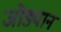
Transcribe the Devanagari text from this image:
जोड्यानं